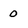
Character: 0